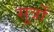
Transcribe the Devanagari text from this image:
सूर्त्रों